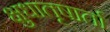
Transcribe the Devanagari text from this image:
क्षुधातृषार्ता